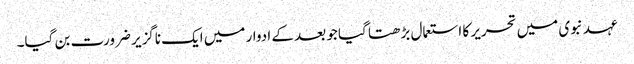
عہد نبوی میں تحریر کا استعمال بڑھتا گیا جو بعد کے ادوار میں ایک ناگزیر ضرورت بن گیا۔